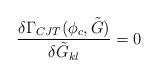
LaTeX: \begin{align*}\frac{\delta\Gamma_{CJT}(\phi_c, \tilde{G})}{\delta \tilde{G}_{kl}} = 0\end{align*}